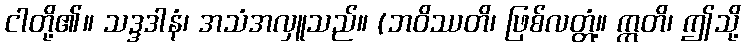
ငါတို့၏။ သဒ္ဒဒါနံ၊ အသံအလှူသည်။ (ဘဝိဿတိ၊ ဖြစ်လတ္တံ့။ ဣတိ၊ ဤသို့